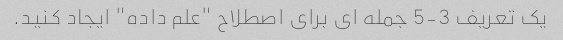
یک تعریف 3-5 جمله ای برای اصطلاح "علم داده" ایجاد کنید.